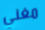
مغني